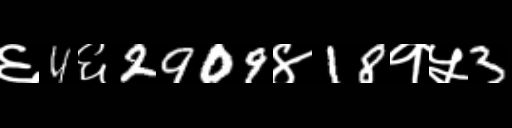
Text: ६4६2909४18१५3